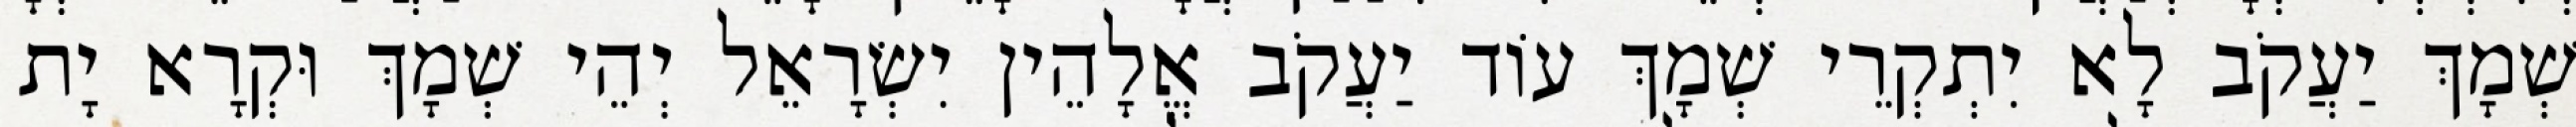
שְׁמָךְ יַעֲקֹב לָא יִתְקְרֵי שְׁמָךְ עוֹד יַעֲקֹב אֱלָהֵין יִשְׂרָאֵל יְהֵי שְׁמָךְ וּקְרָא יָת